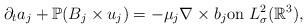
LaTeX: \begin{align*}\partial_t a_j+\mathbb{P}(B_j\times u_j)=-\mu_j\nabla \times b_j\textrm{on}\ L^{2}_{\sigma}(\mathbb{R}^{3}),\end{align*}